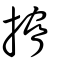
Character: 搚